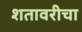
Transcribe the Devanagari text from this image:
शतावरीचा